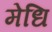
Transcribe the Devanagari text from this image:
मेधि